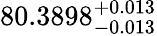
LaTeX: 80.3898_{-0.013}^{+0.013}